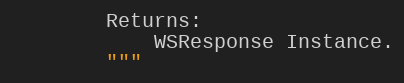
Language: Python
        Returns:
            WSResponse Instance.
        """